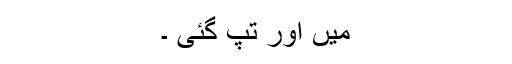
میں اور تپ گئی ۔